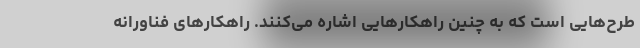
طرح‌هایی است که به چنین راهکارهایی اشاره می‌کنند. راهکارهای فناورانه